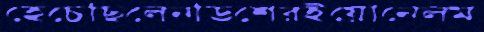
হেঁচেছিলেনডিশেরইয়োনেলম